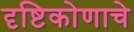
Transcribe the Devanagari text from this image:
दृष्टिकोणाचे